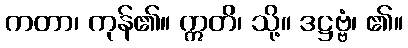
ကတာ၊ ကုန်၏။ ဣတိ၊ သို့။ ဒဋ္ဌဗ္ဗံ၊ ၏။